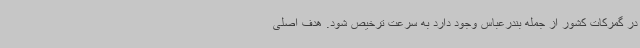
در گمرکات کشور از جمله بندرعباس وجود دارد به سرعت ترخیص شود. هدف اصلی